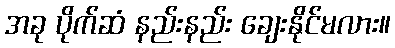
အခု ပိုက်ဆံ နည်းနည်း ချေးနိုင်မလား။